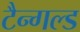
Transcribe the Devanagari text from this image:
टैन्गल्ड